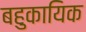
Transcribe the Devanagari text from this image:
बहुकायिक